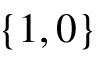
\left\{ 1 , 0 \right\}